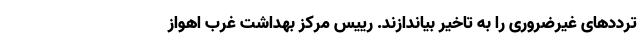
ترددهای غیرضروری را به تاخیر بیاندازند. رییس مرکز بهداشت غرب اهواز